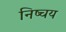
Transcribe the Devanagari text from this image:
निष्चय